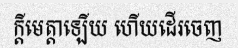
ក្តីមេត្តាឡើយ ហើយដើរចេញ